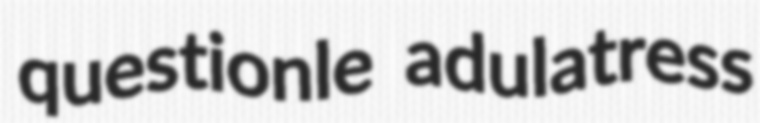
questionle adulatress